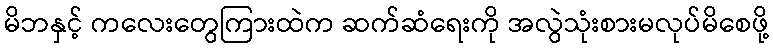
မိဘနှင့် ကလေးတွေကြားထဲက ဆက်ဆံရေးကို အလွဲသုံးစားမလုပ်မိစေဖို့